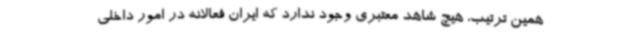
همین ترتیب، هیچ شاهد معتبری وجود ندارد که ایران فعالانه در امور داخلی